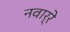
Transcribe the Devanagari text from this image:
नवार्रे